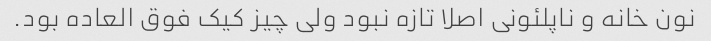
نون خانه و ناپلئونی اصلا تازه نبود ولی چیز کیک فوق العاده بود.